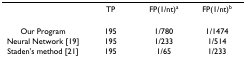
<table><thead><tr><td></td><td><b>TP</b></td><td><b>FP(1/nt)<sup>a</sup></b></td><td><b>FP(1/nt)<sup>b</sup></b></td></tr></thead><tbody><tr><td>Our Program</td><td>195</td><td>1/780</td><td>1/1474</td></tr><tr><td>Neural Network [19]</td><td>195</td><td>1/233</td><td>1/514</td></tr><tr><td>Staden&#x27;s method [21]</td><td>195</td><td>1/65</td><td>1/233</td></tr></tbody></table>